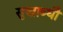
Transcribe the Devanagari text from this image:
सुखाब्धौ